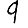
Digit: 9